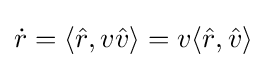
{\dot {r}}=\langle {\hat {r}},v{\hat {v}}\rangle =v\langle {\hat {r}},{\hat {v}}\rangle